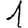
Digit: 1